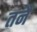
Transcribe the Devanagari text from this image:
तनै